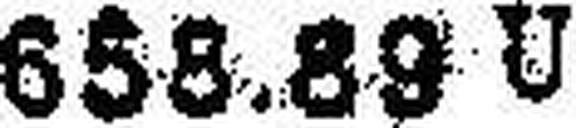
658.89 U